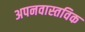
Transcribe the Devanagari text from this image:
अपनवास्तविक